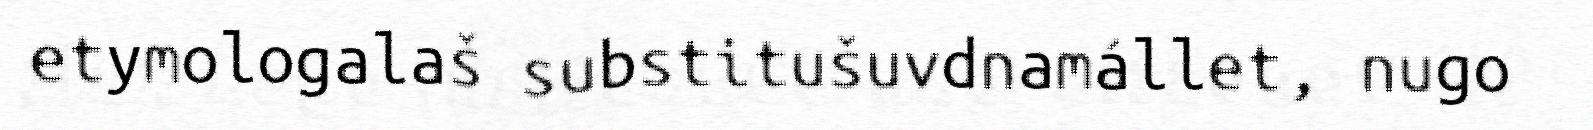
etymologalaš substitušuvdnamállet, nugo